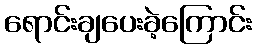
ရောင်းချပေးခဲ့ကြောင်း